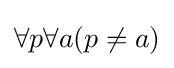
\forall p\forall a(p\neq a)